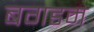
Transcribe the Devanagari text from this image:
बगडम